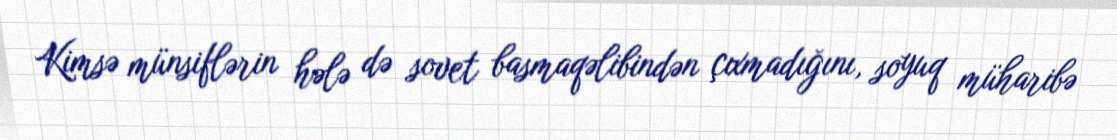
Kimsə münsiflərin hələ də sovet basmaqəlibindən çıxmadığını, soyuq müharibə